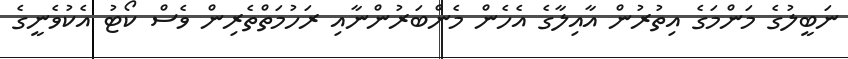
ނަބީލުގެ މަންމަގެ އިތުރުން އާއިލާގެ އެހެން މެންބަރުންނާއި ރަހުމަތްތެރިން ވެސް ކޯޓު އެކުވެނީގެ